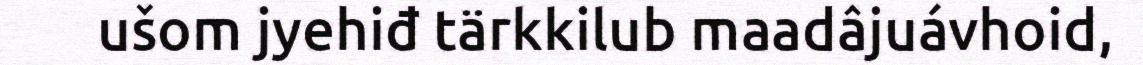
ušom jyehiđ tärkkilub maadâjuávhoid,